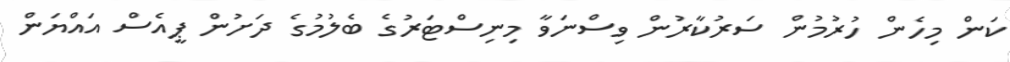
ކަން މިހެން ހުރުމުން ސަރުކާރުން ވިސްނަވާ މިނިސްޓަރުގެ ބެލުމުގެ ދަށުން ޕީއެސް އައްޔަން